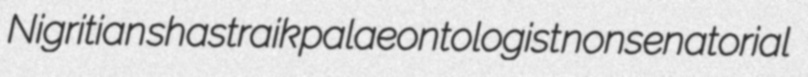
Nigritian shastraik palaeontologist nonsenatorial